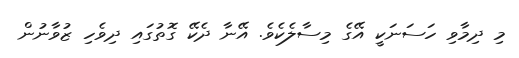
މި ދިމާވި ހަސަނަކީ އޭގެ މިސާލެކެވެ. އޭނާ ދެކޭ ގޮތުގައި ދިވެހި ޒުވާނުން